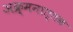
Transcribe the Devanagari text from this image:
अक्र्मनात्तक